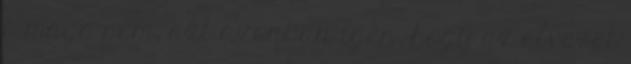
ő maga sem, azt azonban igen, hogy az élvezet